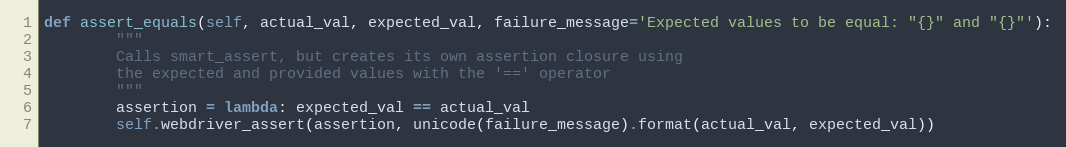
Language: Python
def assert_equals(self, actual_val, expected_val, failure_message='Expected values to be equal: "{}" and "{}"'):
        """
        Calls smart_assert, but creates its own assertion closure using
        the expected and provided values with the '==' operator
        """
        assertion = lambda: expected_val == actual_val
        self.webdriver_assert(assertion, unicode(failure_message).format(actual_val, expected_val))